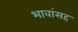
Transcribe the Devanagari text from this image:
भावांसह